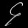
Digit: ၄